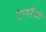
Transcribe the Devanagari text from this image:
टेलरैंक